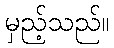
မှည့်သည်။